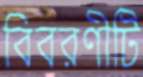
বিবরণীটি